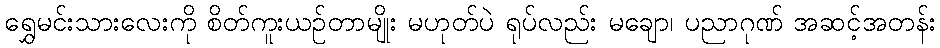
ရွှေမင်းသားလေးကို စိတ်ကူးယဉ်တာမျိုး မဟုတ်ပဲ ရုပ်လည်း မချော၊ ပညာဂုဏ် အဆင့်အတန်း